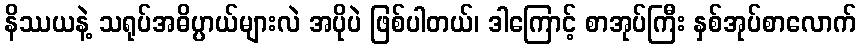
နိဿယနဲ့ သရုပ်အဓိပ္ပာယ်များလဲ အပိုပဲ ဖြစ်ပါတယ်၊ ဒါကြောင့် စာအုပ်ကြီး နှစ်အုပ်စာလောက်